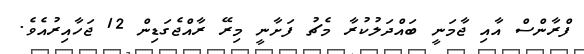
ފްރާންސް އާއި ޖާމަނީ ބައްދަލުކުރާ މެޗު ފަށާނީ މިރޭ ރާއްޖެގަޑިން 12 ޖަހާއިރުއެވެ.